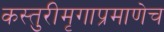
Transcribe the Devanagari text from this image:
कस्तुरीमृगाप्रमाणेच